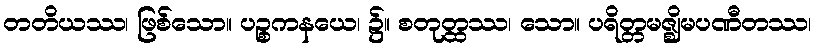
တတိယဿ၊ ဖြစ်သော။ ပဉ္စကနယေ၊ ၌။ စတုတ္ထဿ၊ သော။ ပရိတ္တမဇ္ဈိမပဏီတဿ၊